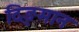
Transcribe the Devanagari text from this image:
दिङ्‌मान